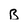
Character: B